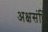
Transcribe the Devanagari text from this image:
अक्षसंधि